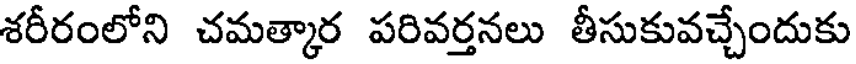
శరీరంలోని చమత్కార పరివర్తనలు తీసుకువచ్చేందుకు